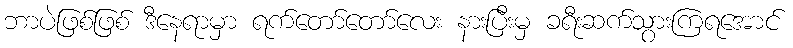
ဘာပဲဖြစ်ဖြစ် ဒီနေရာမှာ ရက်တော်တော်လေး နားပြီးမှ ခရီးဆက်သွားကြရအောင်